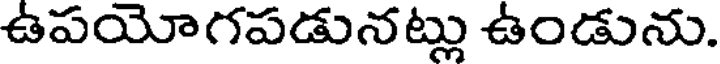
ఉపయోగపడునట్లు ఉండును.